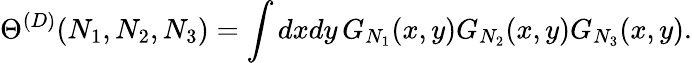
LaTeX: \Theta^{(D)}(N_{1},N_{2},N_{3})=\int dxdy\, G_{N_{1}}(x,y)G_{N_{2}}(x,y)G_{N_{3}}(x,y).